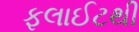
ફલાઈટથી